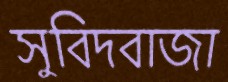
সুবিদবাজা